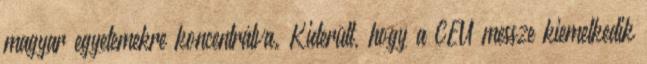
magyar egyetemekre koncentrálva. Kiderült, hogy a CEU messze kiemelkedik